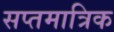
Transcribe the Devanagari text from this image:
सप्तमात्रिक